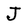
Character: J